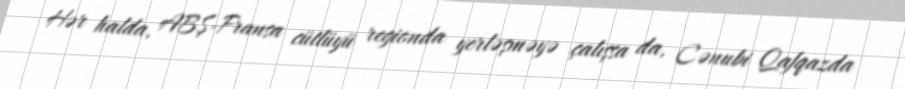
Hər halda, ABŞ-Fransa cütlüyü regionda yerləşməyə çalışsa da, Cənubi Qafqazda